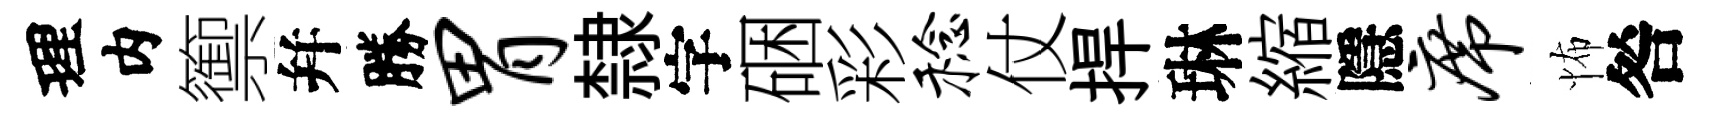
理内籞幷勝胃隸字硱彩稔仗捍琳縮隱席怖咎